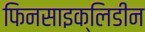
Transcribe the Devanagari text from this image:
फिनसाइक्लिडीन